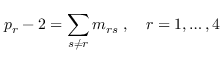
p _ { r } - 2 = \sum _ { s \neq r } m _ { r s } \; , \quad r = 1 , \ldots , 4